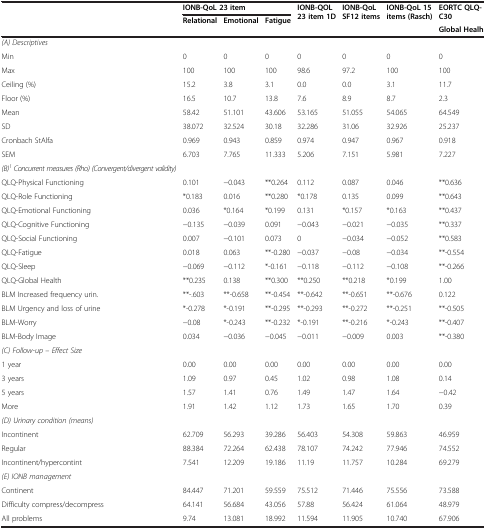
<table><thead><tr><td></td><td colspan="3"><b>IONB-QoL 23 item</b></td><td rowspan="3"><b>IONB-QOL 23 item 1D</b></td><td rowspan="3"><b>IONB-QoL SF12 items</b></td><td rowspan="3"><b>IONB-QoL 15 items (Rasch)</b></td><td rowspan="2"><b>EORTC QLQ-C30</b></td></tr><tr><td rowspan="2"></td><td rowspan="2"><b>Relational</b></td><td rowspan="2"><b>Emotional</b></td><td rowspan="2"><b>Fatigue</b></td></tr><tr><td><b>Global Healh</b></td></tr></thead><tbody><tr><td><i>(A) Descriptives</i></td><td></td><td></td><td></td><td></td><td></td><td></td><td></td></tr><tr><td>Min</td><td>0</td><td>0</td><td>0</td><td>0</td><td>0</td><td>0</td><td>0</td></tr><tr><td>Max</td><td>100</td><td>100</td><td>100</td><td>98.6</td><td>97.2</td><td>100</td><td>100</td></tr><tr><td>Ceiling(%)</td><td>15.2</td><td>3.8</td><td>3.1</td><td>0.0</td><td>0.0</td><td>3.1</td><td>11.7</td></tr><tr><td>Floor(%)</td><td>16.5</td><td>10.7</td><td>13.8</td><td>7.6</td><td>8.9</td><td>8.7</td><td>2.3</td></tr><tr><td>Mean</td><td>58.42</td><td>51.101</td><td>43.606</td><td>53.165</td><td>51.055</td><td>54.065</td><td>64.549</td></tr><tr><td>SD</td><td>38.072</td><td>32.524</td><td>30.18</td><td>32.286</td><td>31.06</td><td>32.926</td><td>25.237</td></tr><tr><td>Cronbach StAlfa</td><td>0.969</td><td>0.943</td><td>0.859</td><td>0.974</td><td>0.947</td><td>0.967</td><td>0.918</td></tr><tr><td>SEM</td><td>6.703</td><td>7.765</td><td>11.333</td><td>5.206</td><td>7.151</td><td>5.981</td><td>7.227</td></tr><tr><td><i>(B)</i><sup><i>1</i></sup><i>Concurrent measures (Rho) (Convergent/divergent validity)</i></td><td></td><td></td><td></td><td></td><td></td><td></td><td></td></tr><tr><td>QLQ-Physical Functioning</td><td>0.101</td><td>−0.043</td><td>**0.264</td><td>0.112</td><td>0.087</td><td>0.046</td><td>**0.636</td></tr><tr><td>QLQ-Role Functioning</td><td>*0.183</td><td>0.016</td><td>**0.280</td><td>*0.178</td><td>0.135</td><td>0.099</td><td>**0.643</td></tr><tr><td>QLQ-Emotional Functioning</td><td>0.036</td><td>*0.164</td><td>*0.199</td><td>0.131</td><td>*0.157</td><td>*0.163</td><td>**0.437</td></tr><tr><td>QLQ-Cognitive Functioning</td><td>−0.135</td><td>−0.039</td><td>0.091</td><td>−0.043</td><td>−0.021</td><td>−0.035</td><td>**0.337</td></tr><tr><td>QLQ-Social Functioning</td><td>0.007</td><td>−0.101</td><td>0.073</td><td>0</td><td>−0.034</td><td>−0.052</td><td>**0.583</td></tr><tr><td>QLQ-Fatigue</td><td>0.018</td><td>0.063</td><td>**-0.280</td><td>−0.037</td><td>−0.08</td><td>−0.034</td><td>**-0.554</td></tr><tr><td>QLQ-Sleep</td><td>−0.069</td><td>−0.112</td><td>*-0.161</td><td>−0.118</td><td>−0.112</td><td>−0.108</td><td>**-0.266</td></tr><tr><td>QLQ-Global Health</td><td>**0.235</td><td>0.138</td><td>**0.300</td><td>**0.250</td><td>**0.218</td><td>*0.199</td><td>1.00</td></tr><tr><td>BLM Increased frequency urin.</td><td>**-.603</td><td>**-0.658</td><td>**-0.454</td><td>**-0.642</td><td>**-0.651</td><td>**-0.676</td><td>0.122</td></tr><tr><td>BLM Urgency and loss of urine</td><td>*-0.278</td><td>*-0.191</td><td>**-0.295</td><td>**-0.293</td><td>**-0.272</td><td>**-0.251</td><td>**-0.505</td></tr><tr><td>BLM-Worry</td><td>−0.08</td><td>*-0.243</td><td>**-0.232</td><td>*-0.191</td><td>**-0.216</td><td>*-0.243</td><td>**-0.407</td></tr><tr><td>BLM-Body Image</td><td>0.034</td><td>−0.036</td><td>−0.045</td><td>−0.011</td><td>−0.009</td><td>0.003</td><td>**-0.380</td></tr><tr><td><i>(C) Follow-up – Effect Size</i></td><td></td><td></td><td></td><td></td><td></td><td></td><td></td></tr><tr><td>1 year</td><td>0.00</td><td>0.00</td><td>0.00</td><td>0.00</td><td>0.00</td><td>0.00</td><td>0.00</td></tr><tr><td>3 years</td><td>1.09</td><td>0.97</td><td>0.45</td><td>1.02</td><td>0.98</td><td>1.08</td><td>0.14</td></tr><tr><td>5 years</td><td>1.57</td><td>1.41</td><td>0.76</td><td>1.49</td><td>1.47</td><td>1.64</td><td>−0.42</td></tr><tr><td>More</td><td>1.91</td><td>1.42</td><td>1.12</td><td>1.73</td><td>1.65</td><td>1.70</td><td>0.39</td></tr><tr><td><i>(D) Urinary condition (means)</i></td><td></td><td></td><td></td><td></td><td></td><td></td><td></td></tr><tr><td>Incontinent</td><td>62.709</td><td>56.293</td><td>39.286</td><td>56.403</td><td>54.308</td><td>59.863</td><td>46.959</td></tr><tr><td>Regular</td><td>88.384</td><td>72.264</td><td>62.438</td><td>78.107</td><td>74.242</td><td>77.946</td><td>74.552</td></tr><tr><td>Incontinent/hypercontint</td><td>7.541</td><td>12.209</td><td>19.186</td><td>11.19</td><td>11.757</td><td>10.284</td><td>69.279</td></tr><tr><td><i>(E) IONB management</i></td><td></td><td></td><td></td><td></td><td></td><td></td><td></td></tr><tr><td>Continent</td><td>84.447</td><td>71.201</td><td>59.559</td><td>75.512</td><td>71.446</td><td>75.556</td><td>73.588</td></tr><tr><td>Difficulty compress/decompress</td><td>64.141</td><td>56.684</td><td>43.056</td><td>57.88</td><td>56.424</td><td>61.064</td><td>48.979</td></tr><tr><td>All problems</td><td>9.74</td><td>13.081</td><td>18.992</td><td>11.594</td><td>11.905</td><td>10.740</td><td>67.906</td></tr></tbody></table>